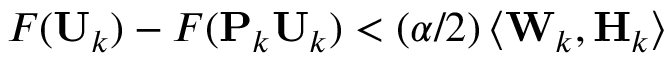
F ( \mathbf { U } _ { k } ) - F ( \mathbf { P } _ { k } \mathbf { U } _ { k } ) < ( \alpha / 2 ) \left\langle \mathbf { W } _ { k } , \mathbf { H } _ { k } \right\rangle